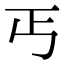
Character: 丐